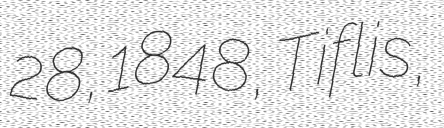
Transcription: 28, 1848, Tiflis,